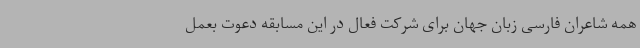
همه شاعران فارسی زبان جهان برای شرکت فعال در این مسابقه دعوت بعمل